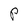
Character: P